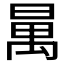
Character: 𣈦